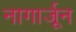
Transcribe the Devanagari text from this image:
नागार्जून